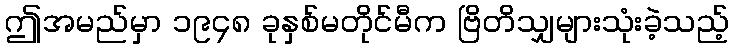
ဤအမည်မှာ ၁၉၄၈ ခုနှစ်မတိုင်မီက ဗြိတိသျှများသုံးခဲ့သည့်